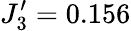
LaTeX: J_{3}^{\prime}=0.156